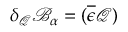
\delta _ { \mathcal { Q } } \mathcal { B } _ { \alpha } = ( \overline { { { \epsilon } } } \mathcal { Q } )